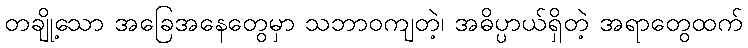
တချို့သော အခြေအနေတွေမှာ သဘာဝကျတဲ့၊ အဓိပ္ပာယ်ရှိတဲ့ အရာတွေထက်